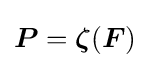
{\boldsymbol {P}}={\boldsymbol {\zeta }}({\boldsymbol {F}})